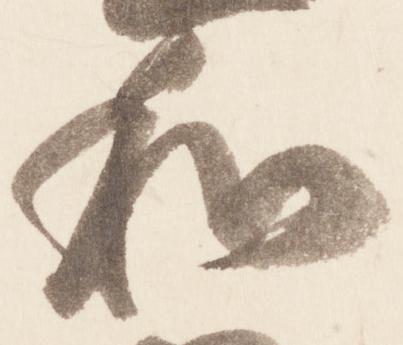
和